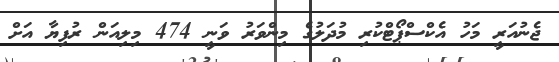
ޖެނުއަރީ މަހު އެކްސްޕޯޓްކުރި މުދަލުގެ މިންވަރު ވަނީ 474 މިލިއަން ރުފިޔާ އަށް